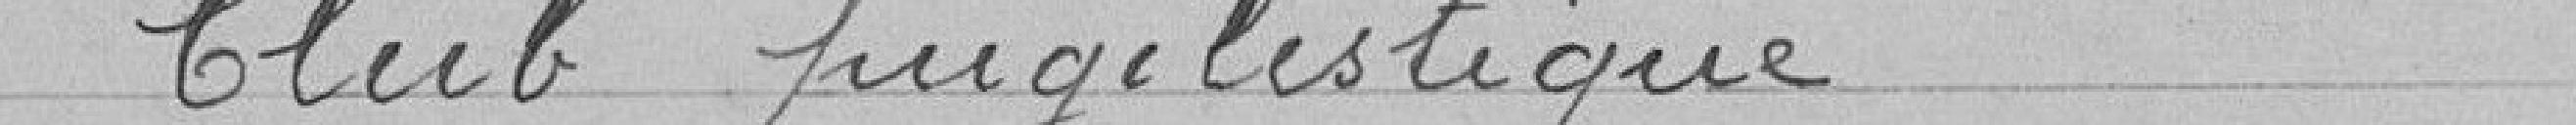
> Club pgilistique